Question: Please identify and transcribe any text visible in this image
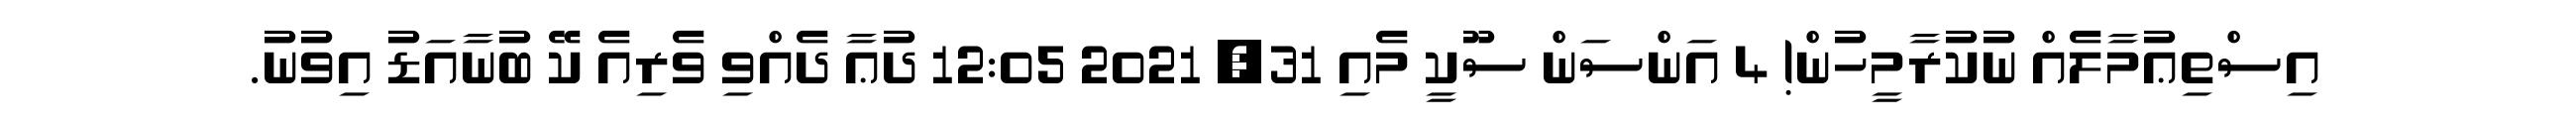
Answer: އިސްތިޢުމާލެއް ނުކުރާމީހުން! 4 އަންސަން ސޫކީ މެއި 31, 2021 12:05 ދުޢާ ދެއްވި ވެރިއެ ކޭ ބުނާއަޑު އިވުނު.